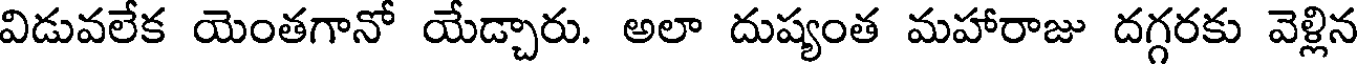
విడువలేక యెంతగానో యేడ్చారు. అలా దుష్యంత మహారాజు దగ్గరకు వెళ్లిన